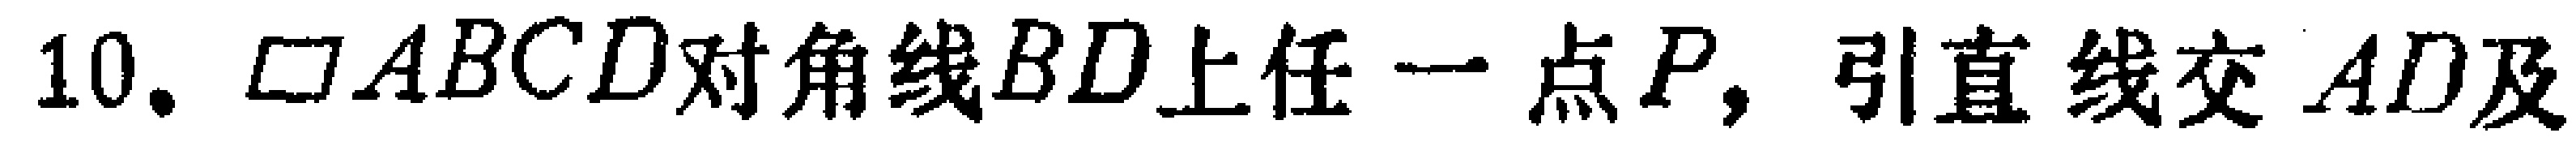
10. $\square ABCD$对角线$BD$上任一点$P$，引直线交$AD$及